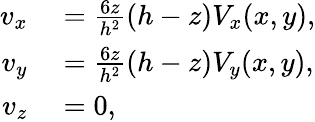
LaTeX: \begin{array}{rl}{v_{x}}&{{}=\frac{6z}{h^{2}}(h-z)V_{x}(x,y),}\\ {v_{y}}&{{}=\frac{6z}{h^{2}}(h-z)V_{y}(x,y),}\\ {v_{z}}&{{}=0,}\end{array}